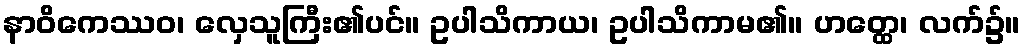
နာဝိကေဿဝ၊ လှေသူကြီး၏ပင်။ ဥပါသိကာယ၊ ဥပါသိကာမ၏။ ဟတ္ထေ၊ လက်၌။